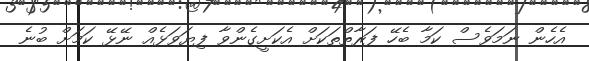
އެހެން ނަމަވެސް ކަމާ ބެހޭ ފަރާތްތަކަށް އެކަށީގެންވާ ފިޔަވަޅެއް ނޭޅޭ ކަމަށް ބުނެ